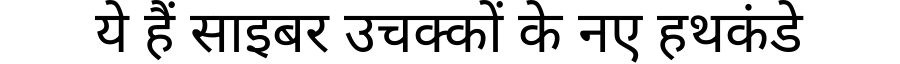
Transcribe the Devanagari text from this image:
ये हैं साइबर उचक्कों के नए हथकंडे